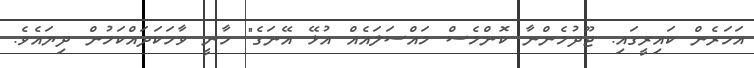
އަހަރެން ކައިރީގައި. ޖޫދުމެންނާ ކޮންމެސް މައްސަލައެއް އުޅޭ އޭނަގެ" ހާނީ ވާހަކަދައްކަމުން ދިޔައެވެ.